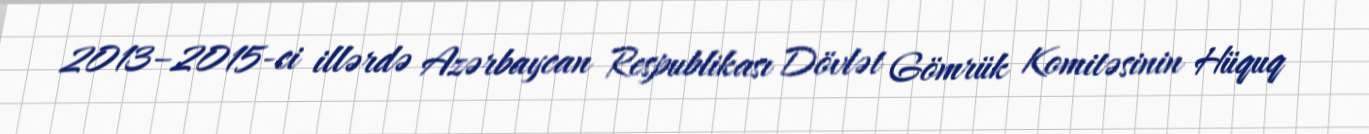
2013–2015-ci illərdə Azərbaycan Respublikası Dövlət Gömrük Komitəsinin Hüquq